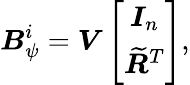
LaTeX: {\boldsymbol{{B}}_{\psi}^{i}}=\boldsymbol{V}\left[\begin{array}{c}{\boldsymbol{I}_{n}}\\ {\boldsymbol{\widetilde{R}}^{T}}\end{array}\right],